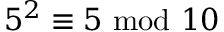
5 ^ { 2 } \equiv 5 { \mathrm { ~ m o d ~ } } 1 0